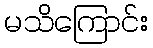
မသိကြောင်း